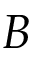
B